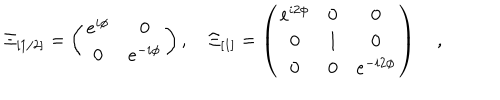
\Xi _ { [ 1 / 2 ] } = \left( \begin{matrix} { { e ^ { i \phi } } } & { { 0 } } \\ { { 0 } } & { { e ^ { - i \phi } } } \\ \end{matrix} \right) , \quad \Xi _ { [ 1 ] } = \left( \begin{matrix} { { e ^ { i 2 \phi } } } & { { 0 } } & { { 0 } } \\ { { 0 } } & { { 1 } } & { { 0 } } \\ { { 0 } } & { { 0 } } & { { e ^ { - i 2 \phi } } } \\ \end{matrix} \right) \quad ,